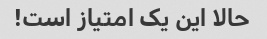
حالا این یک امتیاز است!